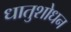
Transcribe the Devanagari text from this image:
धातुशोधन